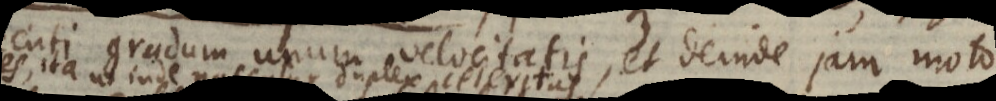
gradum unum velocitatis, et deinde jam moto